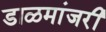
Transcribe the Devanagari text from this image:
डाळमांजरी